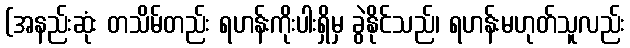
(အနည်းဆုံး တသိမ်တည်း ရဟန်းကိုးပါးရှိမှ ခွဲနိုင်သည်၊ ရဟန်းမဟုတ်သူလည်း